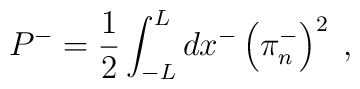
P^- = \frac{1}{2} \int_{-L}^L dx^- \left(\pi^-_n\right)^2\; ,